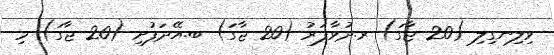
ވިލިނގިލި (20 ޖާގަ) ރ.ދުވާފަރު (20 ޖާގަ) ބ.އޭދަފުށި (20 ޖާގަ) މި